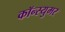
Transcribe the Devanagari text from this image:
कॉन्स्युमर